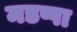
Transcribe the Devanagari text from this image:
मडप्पा